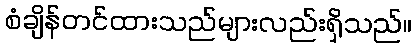
စံချိန်တင်ထားသည်များလည်းရှိသည်။